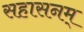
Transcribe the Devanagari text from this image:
सहासनम्